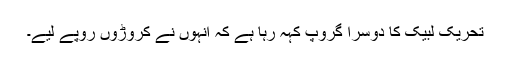
تحریکِ لبیک کا دوسرا گروپ کہہ رہا ہے کہ انہوں نے کروڑوں روپے لیے۔